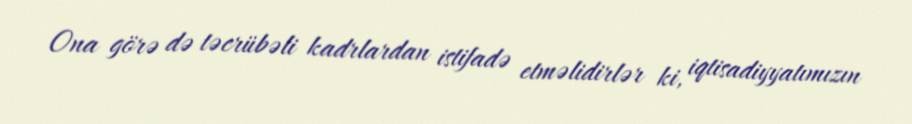
Ona görə də təcrübəli kadrlardan istifadə etməlidirlər ki, iqtisadiyyatımızın